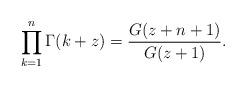
LaTeX: \begin{align*}\prod_{k=1}^n \Gamma(k+z) = \frac{G(z+n+1)}{G(z+1)}.\end{align*}